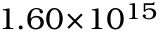
1 . 6 0 \! \times \! 1 0 ^ { 1 5 }